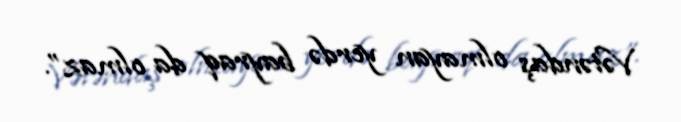
Vətəndaş olmayan yerdə bayraq da olmaz”.